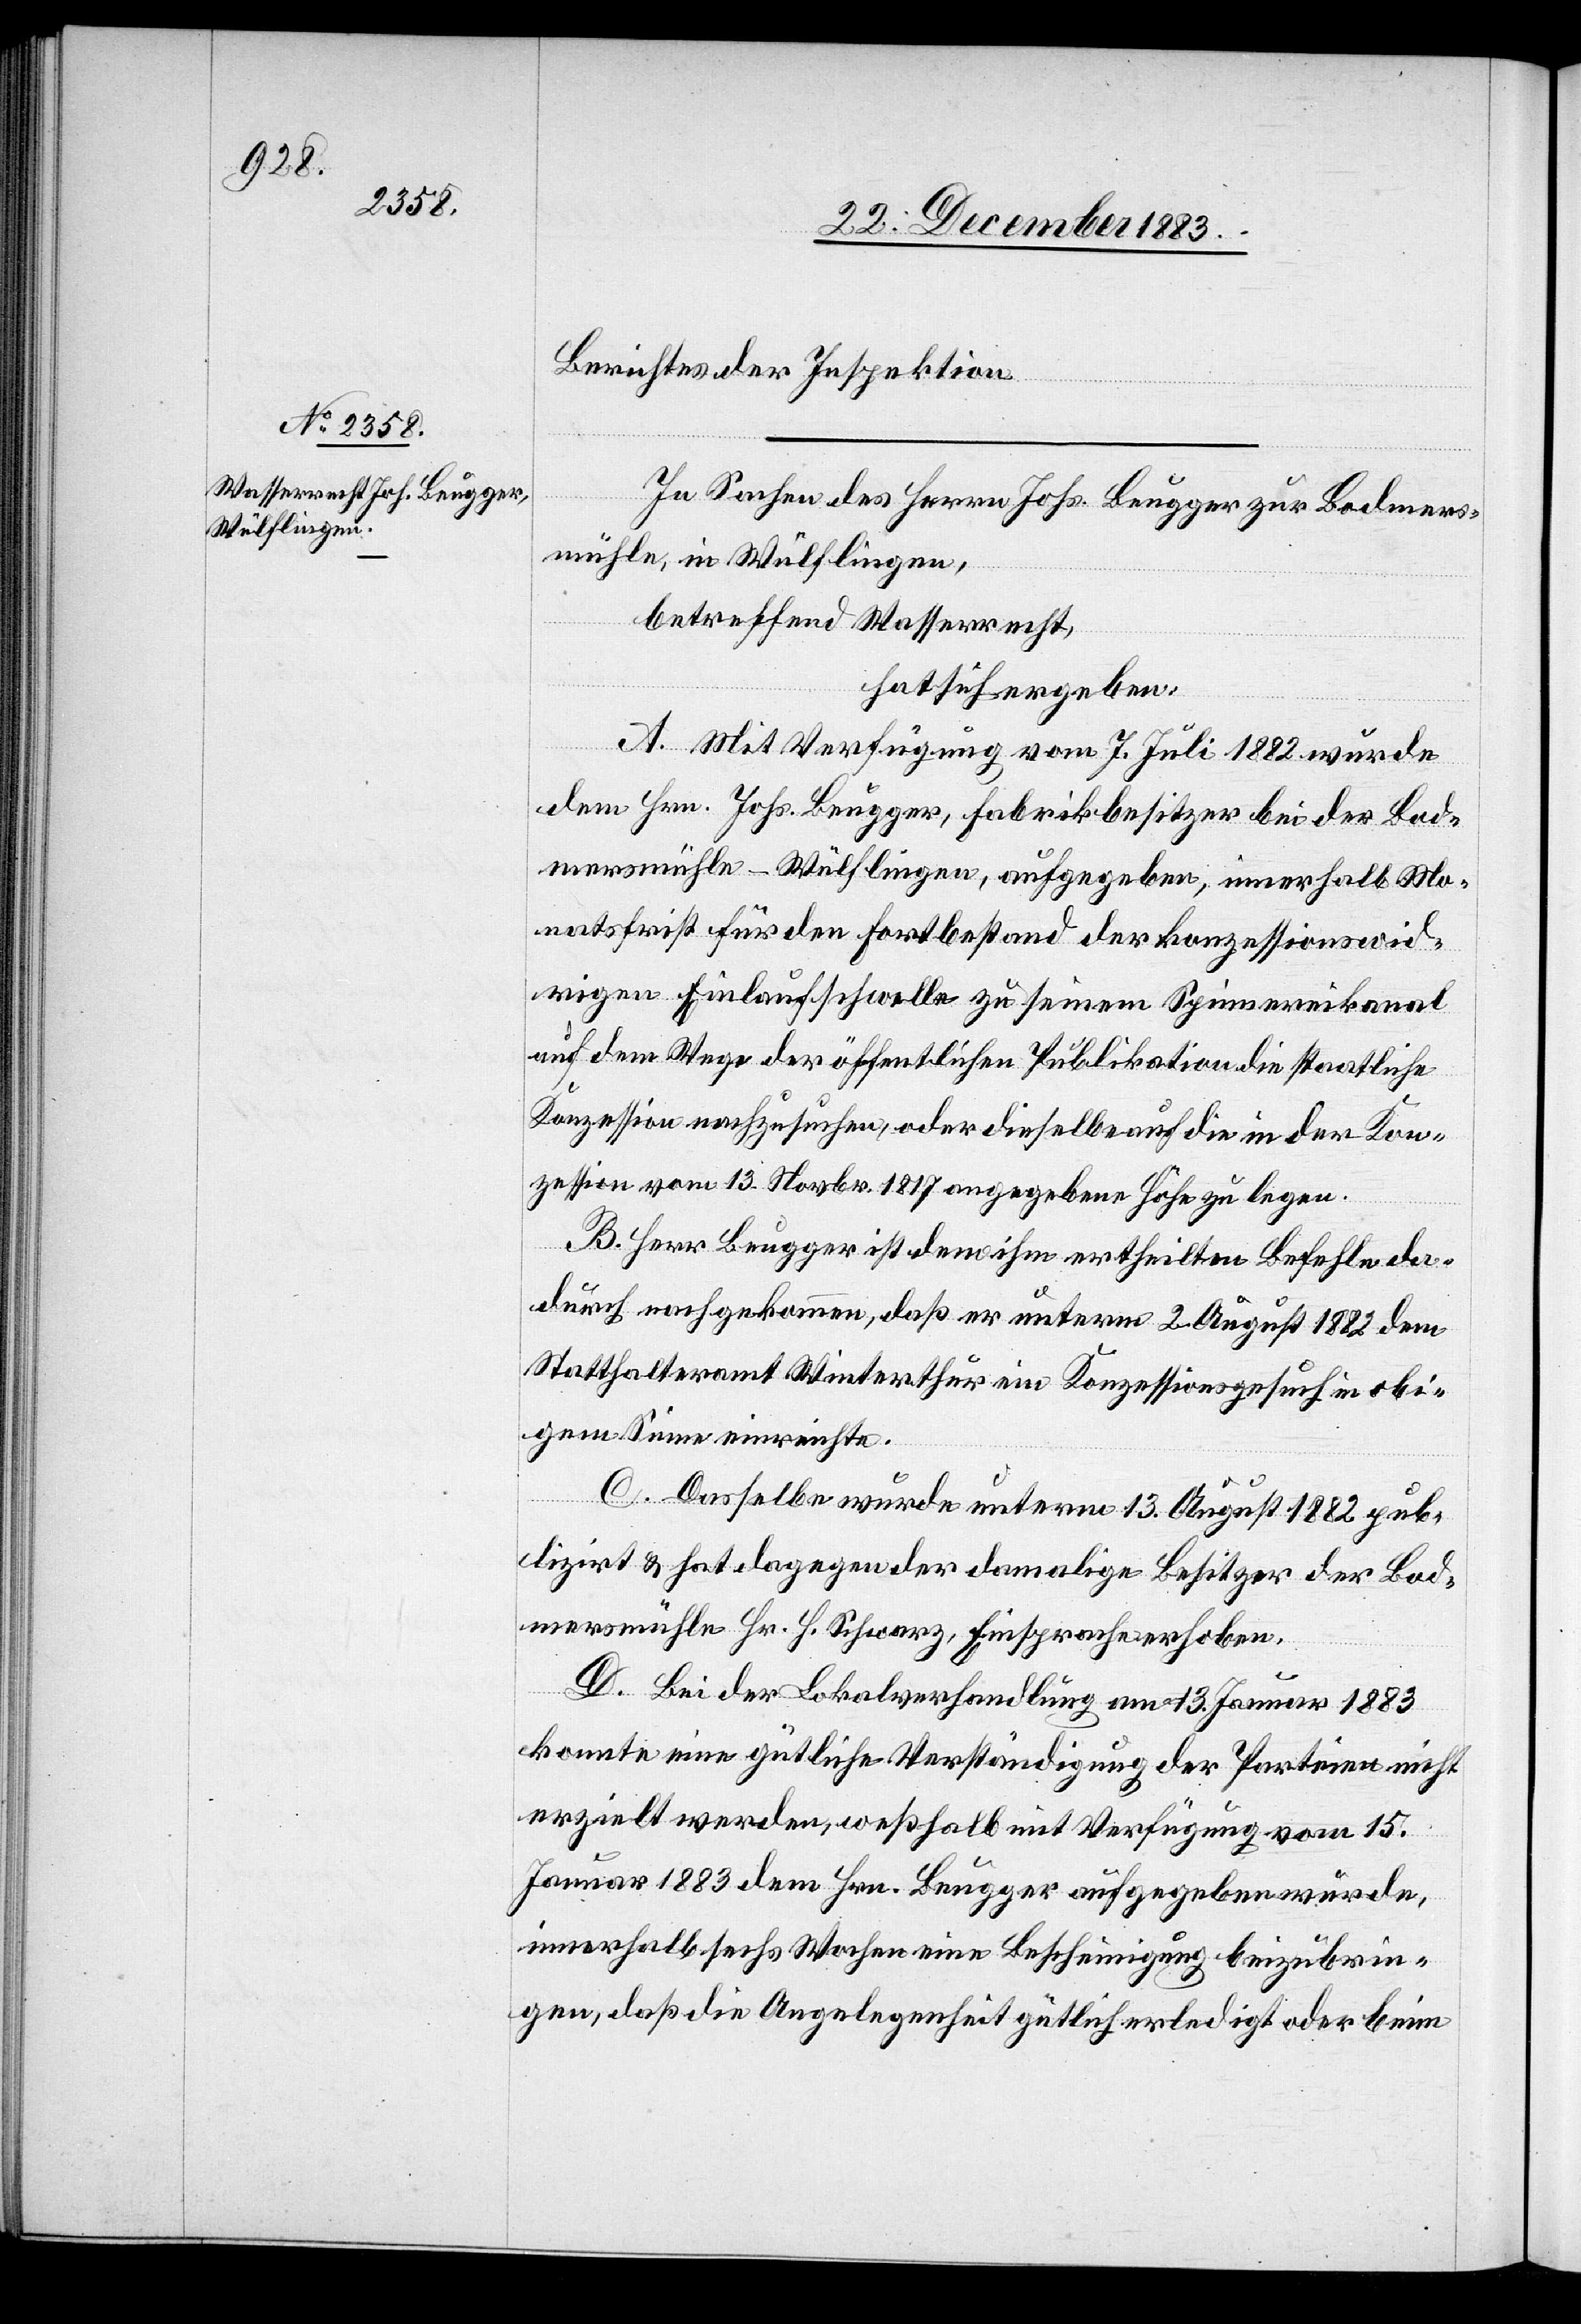
Berichtes der Inspektion.
In Sachen des Herrn Johs. Brugger zur Bodmers¬
mühle, in Wülflingen,
betreffend Wasserrecht,
hat sich ergeben:
A. Mit Verfügung vom 7. Juli 1882 wurde
dem Hrn. Johs. Brugger, Fabrikbesitzer bei der Bod¬
mersmühle - Wülflingen, aufgegeben, innerhalb Mo¬
natsfrist für den Fortbestand der konzessionswid¬
rigen Einlaufschwelle zu seinem Spinnereikanal
auf dem Wege der öffentlichen Publikation die staatliche
Konzession nachzusuchen, oder dieselbe auf die der Kon¬
zession vom 13. Novbr. 1817 angegebene Höhe zu legen.
B. Herr Brugger ist dem ihm ertheilten Befehl da¬
durch nachgekommen, daß er unterm 2. August 1882 dem
Statthalteramt Winterthur ein Konzessionsgesuch in obi¬
gem Sinne einreichte.
C. Dasselbe wurde unterm 13. August1882 pub¬
liziert & hat dagegen der damalige Besitzer der Bod¬
mersmühle Hr. H. Schwarz, Einsprache erhoben.
D. Bei der Lokalverhandlung am 13. Januar 1883
konnte eine gütliche Verständigung der Parteien nicht
erzielt werden, weßhalb mit Verfügung vom 15.
Januar 1883 dem Hrn. Brugger aufgegeben wurde,
innerhalb sechs Wochen eine Bescheinigung beizubrin¬
gen, daß die Angelegenheit gütlich erledigt oder beim